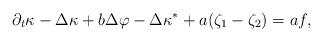
LaTeX: \begin{align*} \partial_t\kappa - \Delta \kappa + b \Delta \varphi - \Delta \kappa^* + a (\zeta_1 - \zeta_2) = a f, \end{align*}